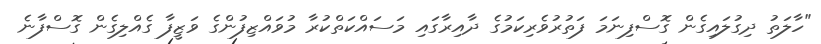
"ހާލަތު ދިގުލައިގެން ގޮސްފިނަމަ ފަތުރުވެރިކަމުގެ ދާއިރާގައި މަސައްކަތްކުރާ މުވައްޒިފުންގެ ވަޒީފާ ގެއްލިގެން ގޮސްފާނެ